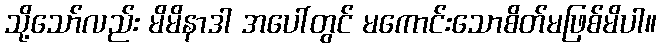
သို့သော်လည်း မိမိနာဒါ အပေါ်တွင် မကောင်းသောစိတ်မဖြစ်မိပါ။